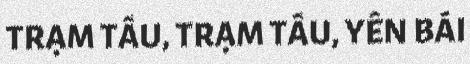
TRẠM TẤU, TRẠM TẤU, YÊN BÁI